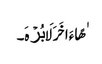
ٰهًا ءَاخَرَ لَا بُرۡهَ۔